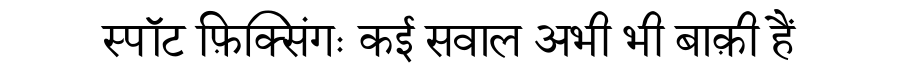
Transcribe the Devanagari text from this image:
स्पॉट फ़िक्सिंगः कई सवाल अभी भी बाक़ी हैं